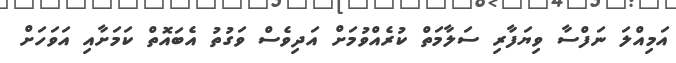
އަމިއްލަ ނަފްސާ ވިޔަފާރި ސަލާމަތް ކުރެއްވުމަށް އަދިވެސް ވަގުތު އެބައޮތް ކަމަށާއި އަވަހަށް